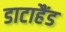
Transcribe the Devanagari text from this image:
डाटाहैंड